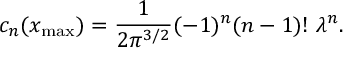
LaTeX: c _ { n } ( x _ { \mathrm { m a x } } ) = { \frac { 1 } { 2 \pi ^ { 3 / 2 } } } ( - 1 ) ^ { n } ( n - 1 ) ! \ \lambda ^ { n } .